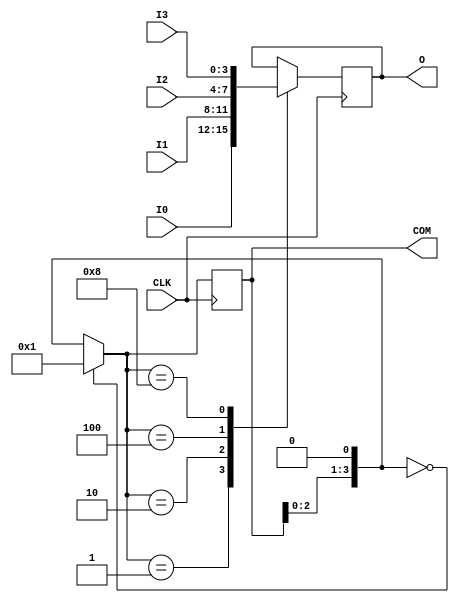
module BCD4Sweeper(CLK, I3, I2, I1, I0, O, COM);
	input CLK;
	input [3:0] I3, I2, I1, I0;
	output reg [3:0] O, COM;
	always@(posedge CLK) begin
		COM = COM << 1;
		if (COM == 4'b0000) COM = 4'b0001;
		case (COM)
			4'b0001: O = I0;
			4'b0010: O = I1;
			4'b0100: O = I2;
			4'b1000: O = I3;
		endcase
	end
endmodule